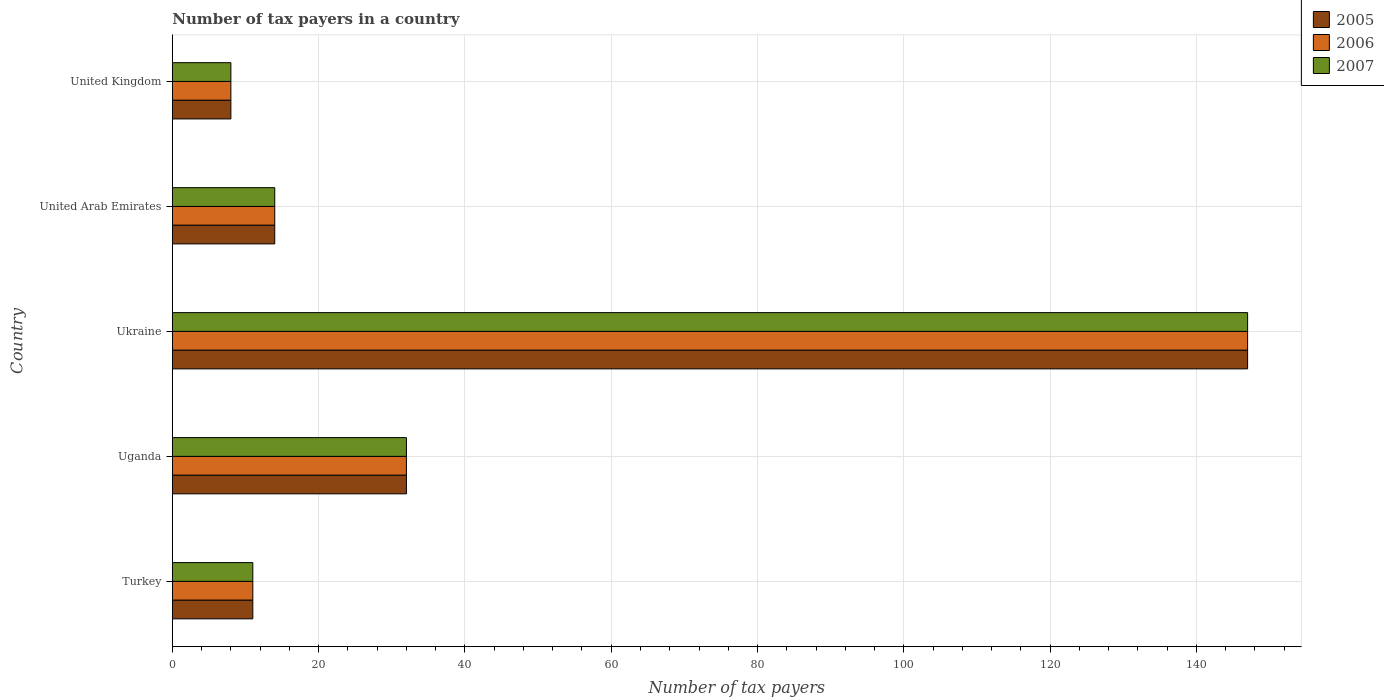
| Country | 2005 | 2006 | 2007 |
 | --- | --- | --- | --- |
 | Turkey | 11 | 11 | 11 |
 | Uganda | 32 | 32 | 32 |
 | Ukraine | 147 | 147 | 147 |
 | United Arab Emirates | 14 | 14 | 14 |
 | United Kingdom | 8 | 8 | 8 |